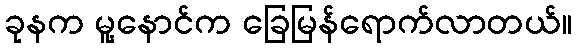
ခုနက မူ့နောင်က ခြေမြန်ရောက်လာတယ်။